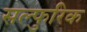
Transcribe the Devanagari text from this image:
सल्फुरिक